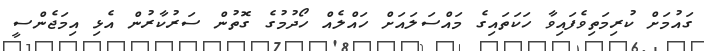
ގައުމަށް ކުރިމަތިވެފައިވާ ހަކަތައިގެ މައްސަަލައަށް ހައްލެއް ހޯދުމުގެ ގޮތުން ސަރުކާރުން އެޅި އިމަޖެންސީ